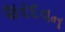
શરદવન